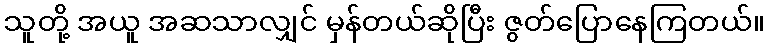
သူတို့ အယူ အဆသာလျှင် မှန်တယ်ဆိုပြီး ဇွတ်ပြောနေကြတယ်။